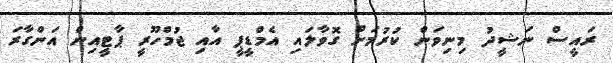
ރައީސް ނަޝީދު މިނިވަން ކުރުމަށް ގޮވާލައި އެމްޑީޕީ އާއި ޖުމްހޫރީ ޕާޓީއިން އަންގާރަ